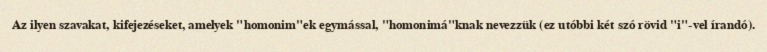
Az ilyen szavakat, kifejezéseket, amelyek "homonim"ek egymással, "homonimá"knak nevezzük (ez utóbbi két szó rövid "i"-vel írandó).